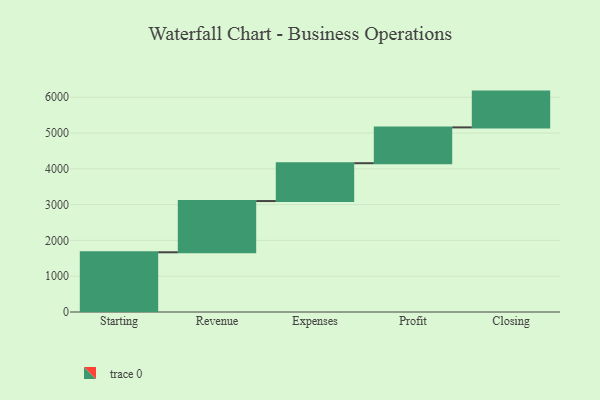
{"axis": {"x": "Step", "y": "Value"}, "legend": [""], "data": [{"x": "Starting", "y": 1668.0, "type": ""}, {"x": "Revenue", "y": 1431.0, "type": ""}, {"x": "Expenses", "y": 1057.0, "type": ""}, {"x": "Profit", "y": 1000, "type": ""}, {"x": "Closing", "y": 1000, "type": ""}]}